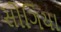
સોગિયા